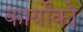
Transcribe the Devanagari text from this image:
कार्योंको